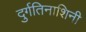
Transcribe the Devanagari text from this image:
दुर्गतिनाशिनी